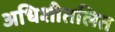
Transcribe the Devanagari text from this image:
अधिशीतलित